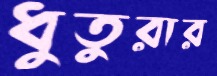
ধুতুরার